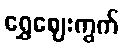
ရွှေဈေးကွက်